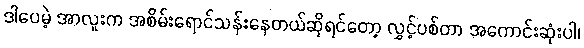
ဒါပေမဲ့ အာလူးက အစိမ်းရောင်သန်းနေတယ်ဆိုရင်တော့ လွှင့်ပစ်တာ အကောင်းဆုံးပါ၊